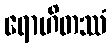
ရောဟိတဿံ